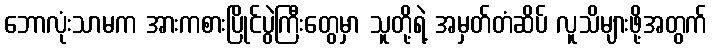
ဘောလုံးသာမက အားကစားပြိုင်ပွဲကြီးတွေမှာ သူတို့ရဲ့ အမှတ်တံဆိပ် လူသိများဖို့အတွက်